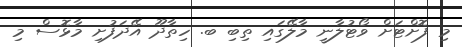
މި ފޮށްޓަށް ވޯޓުލާނީ މާލޭގައި ތިބި ބ. ހިތާދޫ އޭދަފުށި މާޅޮސް މި